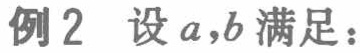
例2 设\(a,b\)满足：